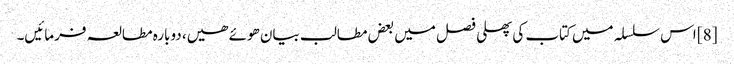
[8] اس سلسلہ میں کتاب کی پھلی فصل میں بعض مطالب بیان ھوئے ھیں، دوبارہ مطالعہ فرمائیں۔